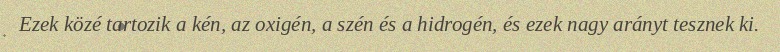
Ezek közé tartozik a kén, az oxigén, a szén és a hidrogén, és ezek nagy arányt tesznek ki.